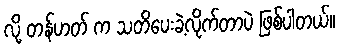
လို့ တန်ဟတ် က သတိပေးခဲ့လိုက်တာပဲ ဖြစ်ပါတယ်။